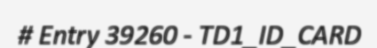
# Entry 39260 - TD1_ID_CARD